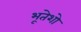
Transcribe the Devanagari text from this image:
भूतेशो